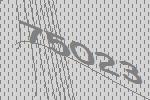
75023